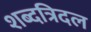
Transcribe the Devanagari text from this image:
शब्दत्रिदल